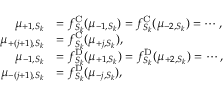
\begin{array} { r l } { \mu _ { + 1 , S _ { k } } } & { = f _ { S _ { k } } ^ { \mathrm { C } } ( \mu _ { - 1 , S _ { k } } ) = f _ { S _ { k } } ^ { \mathrm { C } } ( \mu _ { - 2 , S _ { k } } ) = \cdots , } \\ { \mu _ { + ( j + 1 ) , S _ { k } } } & { = f _ { S _ { k } } ^ { \mathrm { C } } ( \mu _ { + j , S _ { k } } ) , } \\ { \mu _ { - 1 , S _ { k } } } & { = f _ { S _ { k } } ^ { \mathrm { D } } ( \mu _ { + 1 , S _ { k } } ) = f _ { S _ { k } } ^ { \mathrm { D } } ( \mu _ { + 2 , S _ { k } } ) = \cdots , } \\ { \mu _ { - ( j + 1 ) , S _ { k } } } & { = f _ { S _ { k } } ^ { \mathrm { D } } ( \mu _ { - j , S _ { k } } ) , } \end{array}